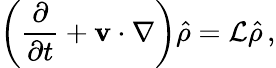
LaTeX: \left(\frac{\partial}{\partial t}+{\mathbf v}\cdot\nabla\right)\hat{\rho}=\mathcal{L}\hat{\rho}\, ,